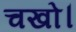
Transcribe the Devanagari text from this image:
चखो।